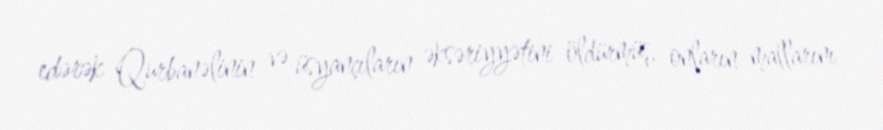
edərək Qurbanəlinin və üsyançıların əksəriyyətini öldürmüş, onların mallarını